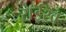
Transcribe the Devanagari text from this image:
राईख